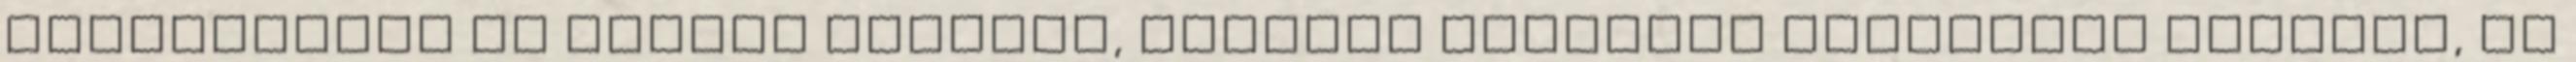
gyakorisága az utóbbi években, szintén klinikai figyelmet érdemel, és